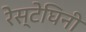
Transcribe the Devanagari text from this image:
रेस्टेघिनी